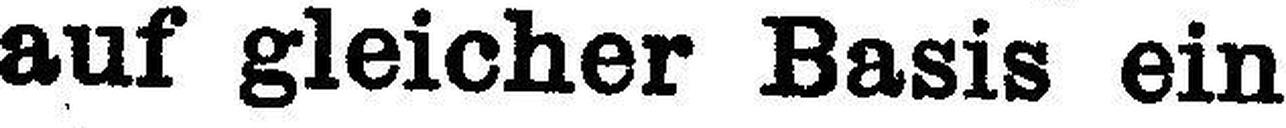
auf gleicher Basis ein